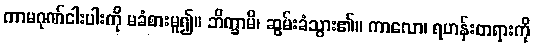
ကာမဂုဏ်ငါးပါးကို မခံစားမူ၍။ ဘိက္ခာမိ၊ ဆွမ်းခံသွား၏။ ကာလော၊ ရဟန်းတရားကို